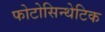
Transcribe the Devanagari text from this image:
फोटोसिन्थेटिक